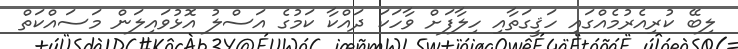
ލިބޭ ކުރިއެރުމެއްގައި ހަޤީގަތާއި ހިލާފަށް ވާހަކަ ދައްކާ ކަމުގެ އަސްލު އޮޅުވައިލަން މަސައްކަތް